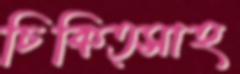
চিকিত্সাহ